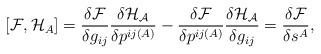
LaTeX: \begin{align*}[{\cal F},{\cal H}_{A}]=\frac{\delta {\cal F}}{\delta g_{ij}}\frac{\delta {\cal H_{A}}}{\delta p^{ij(A)}}-\frac{\delta {\cal F}}{\delta p^{ij(A)}}\frac{\delta {\cal H_{A}}}{\delta g_{ij}}=\frac{\delta {\cal F}}{\delta s^{A}},\end{align*}